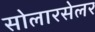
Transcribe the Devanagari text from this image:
सोलारसेलर